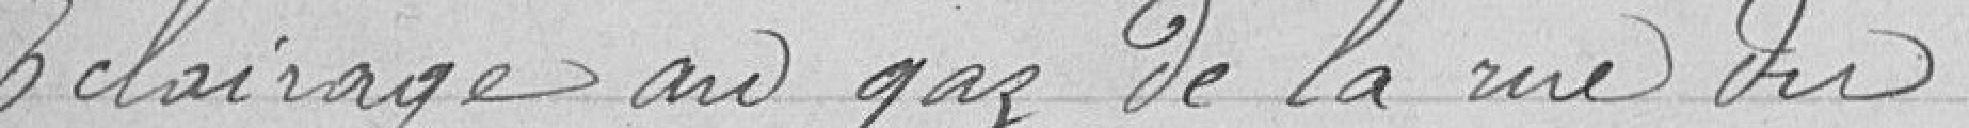
Éclairage au gaz de la rue du